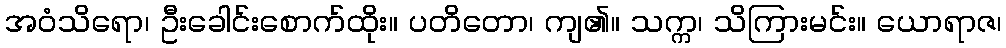
အဝံသိရော၊ ဦးခေါင်းစောက်ထိုး။ ပတိတော၊ ကျ၏။ သက္က၊ သိကြားမင်း။ ယောရာဇ၊